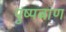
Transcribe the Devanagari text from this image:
पुष्पबाण